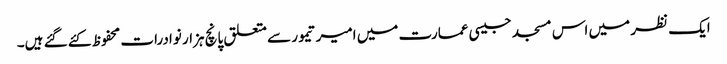
ایک نظر میں اس مسجد جیسی عمارت میں امیر تیمور سے متعلق پانچ ہزار نوادرات محفوظ کئے گئے ہیں۔